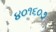
૪૦૧૬૦૭